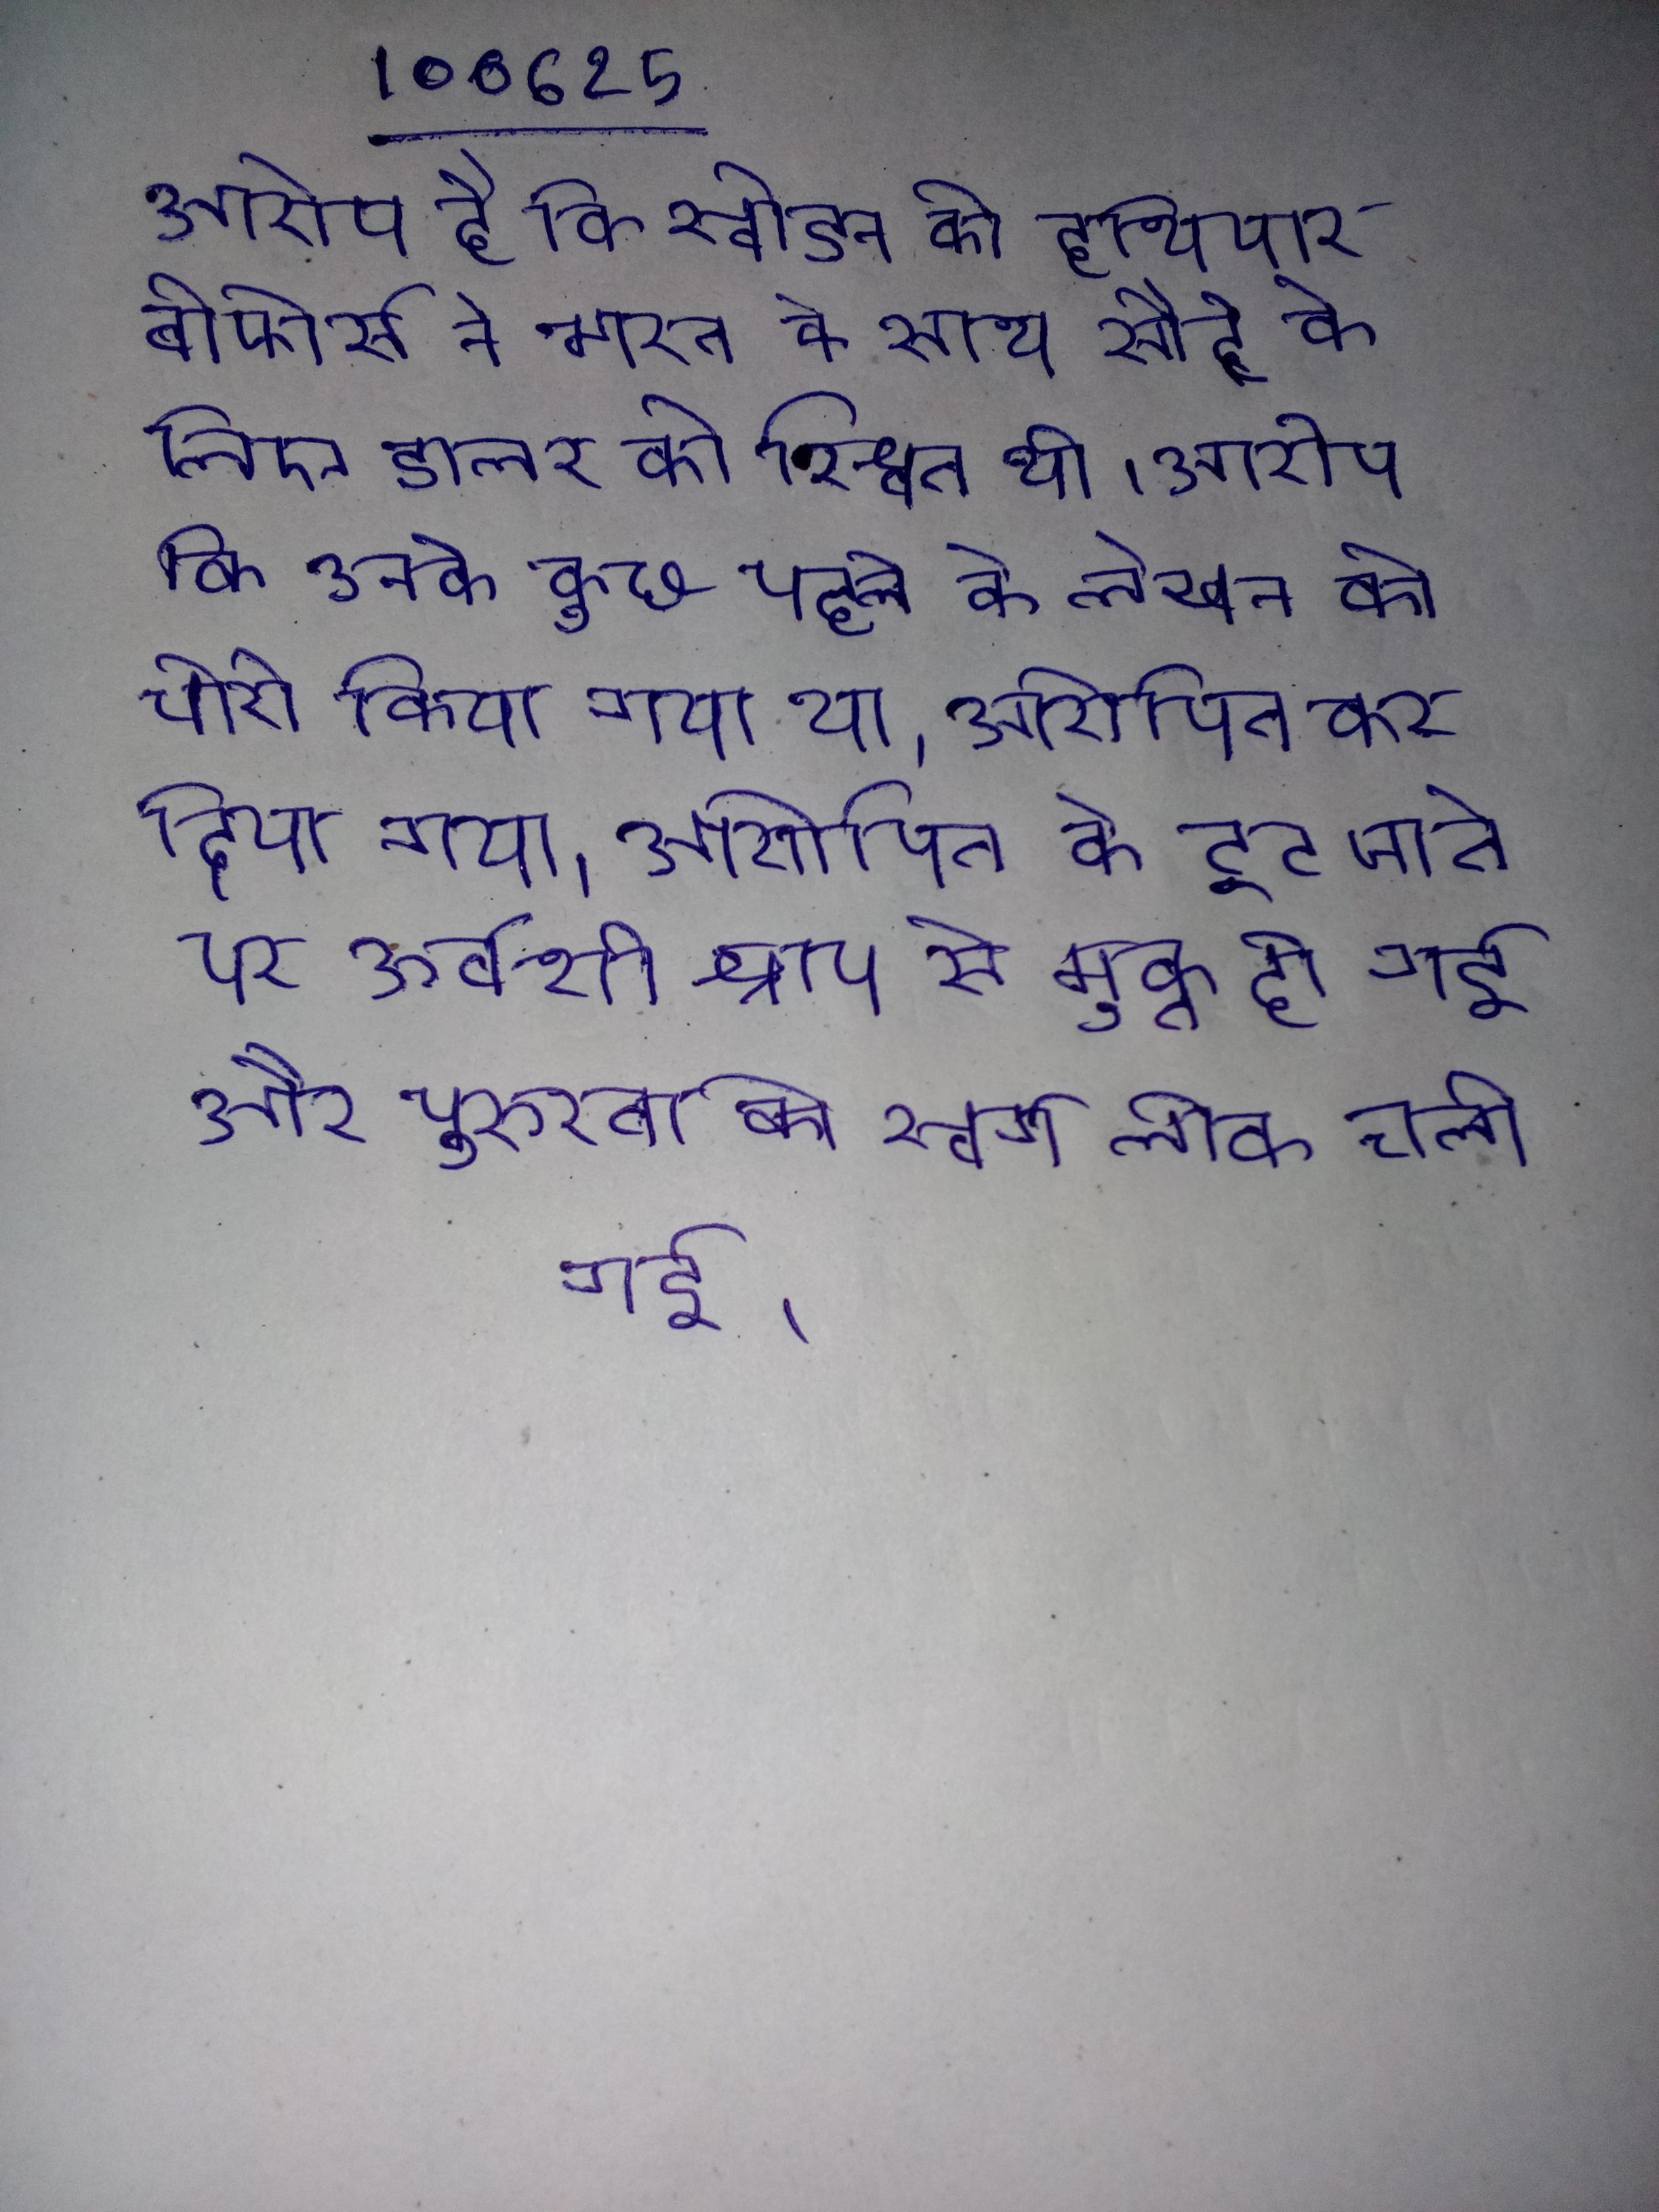
आरोप है कि स्वीडन की हथियार बोफोर्स ने भारत के साथ सौदे के लिए डालर की रिश्वत थी । आरोप कि उनके कुछ पहले के लेखन को चोरी किया गया था । आरोपित कर दिया गया । आरोपित के टूट जाने पर ऊर्वशी श्राप से मुक्त हो गई और पुरुरवा को स्वर्ग लोक चली गई ।